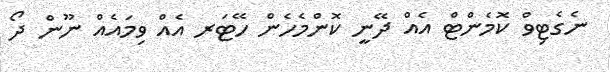
ނެގެޓިވް ކޮމެންޓް އެއް ދޭނީ ކޮންމެހެން ހޭޓަރ އެއް ވިމައެއް ނޫން ދޯ